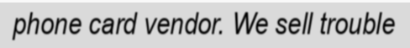
phone card vendor. We sell trouble